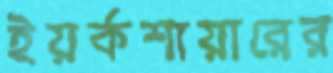
ইয়র্কশায়ারের